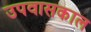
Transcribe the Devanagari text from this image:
उपवासकाल